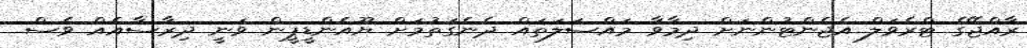
ރާއްޖޭގެ ޓްރެވަލް އެޖެންޓުންނަށް ދިމާވާ މައްސަލަތައް ދެނެގަތުމަށް ޔޫއެންޑީޕީން ވަނީ ދިރާސާއެއް ވެސް